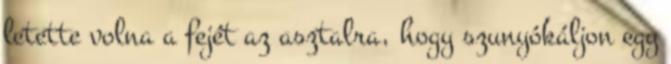
letette volna a fejét az asztalra, hogy szunyókáljon egy